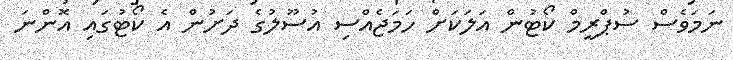
ނަމަވެސް ސުޕްރީމް ކޯޓުން އަލަކަށް ހަމަޖެއްސި އުސޫލުގެ ދަށުން އެ ކޯޓުގައި އޮންނަ